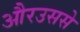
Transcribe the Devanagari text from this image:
औरउससे